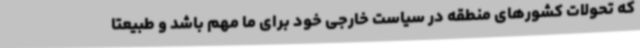
که تحولات کشورهای منطقه در سیاست خارجی خود برای ما مهم باشد و طبیعتاً